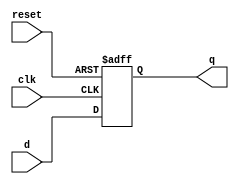
module DFF(clk,d,reset,q);
input d;
input clk,reset;
output reg q;
always@(posedge clk or posedge reset)
begin
    if(reset == 1'b1)
    q <= 1'b0;
    else
    q <= d;
end
endmodule